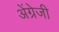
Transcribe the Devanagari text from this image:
अेंग्रेजी